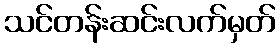
သင်တန်းဆင်းလက်မှတ်